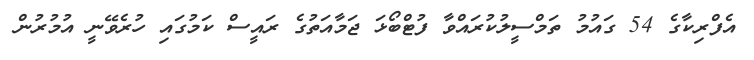
އެފްރިކާގެ 54 ގައުމު ތަމްސީލުކުރައްވާ ފުޓްބޯޅަ ޖަމާއަތުގެ ރައީސް ކަމުގައި ހުރެވޭނީ އުމުރުން